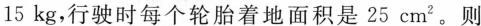
15 kg，行驶时每个轮胎着地面积是25 cm^{2}。则